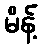
မိန့်